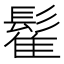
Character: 𲌟